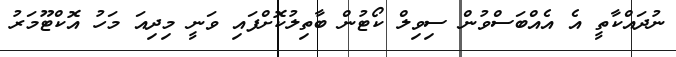
ނުދައްކާތީ އެ އެއްބަސްވުން ސިވިލް ކޯޓުން ބާތިލުކޮށްފައި ވަނީ މިދިއަ މަހު އޮކްޓޫމަރު